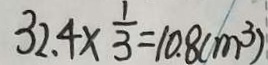
3 2 . 4 \times \frac { 1 } { 3 } = 1 0 . 8 ( m ^ { 3 } )